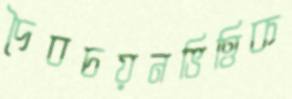
দৈবচয়নভিত্তিক